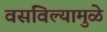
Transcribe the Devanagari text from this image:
वसविल्यामुळे